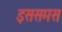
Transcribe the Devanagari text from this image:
इससमस